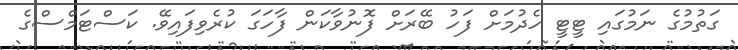
ގަތުމުގެ ނަމުގައި ޓީޓީ ހެދުމަށް ފަހު ބޭރަށް ފޮނުވާކަން ފާހަގަ ކުރެވިފައިވޭ. ކަސްޓަމްސްގެ